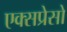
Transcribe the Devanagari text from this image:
एक्सप्रेसो